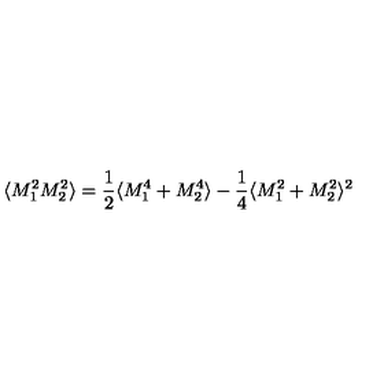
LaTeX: \langle M _ { 1 } ^ { 2 } M _ { 2 } ^ { 2 } \rangle = \frac { 1 } { 2 } \langle M _ { 1 } ^ { 4 } + M _ { 2 } ^ { 4 } \rangle - \frac { 1 } { 4 } \langle M _ { 1 } ^ { 2 } + M _ { 2 } ^ { 2 } \rangle ^ { 2 }